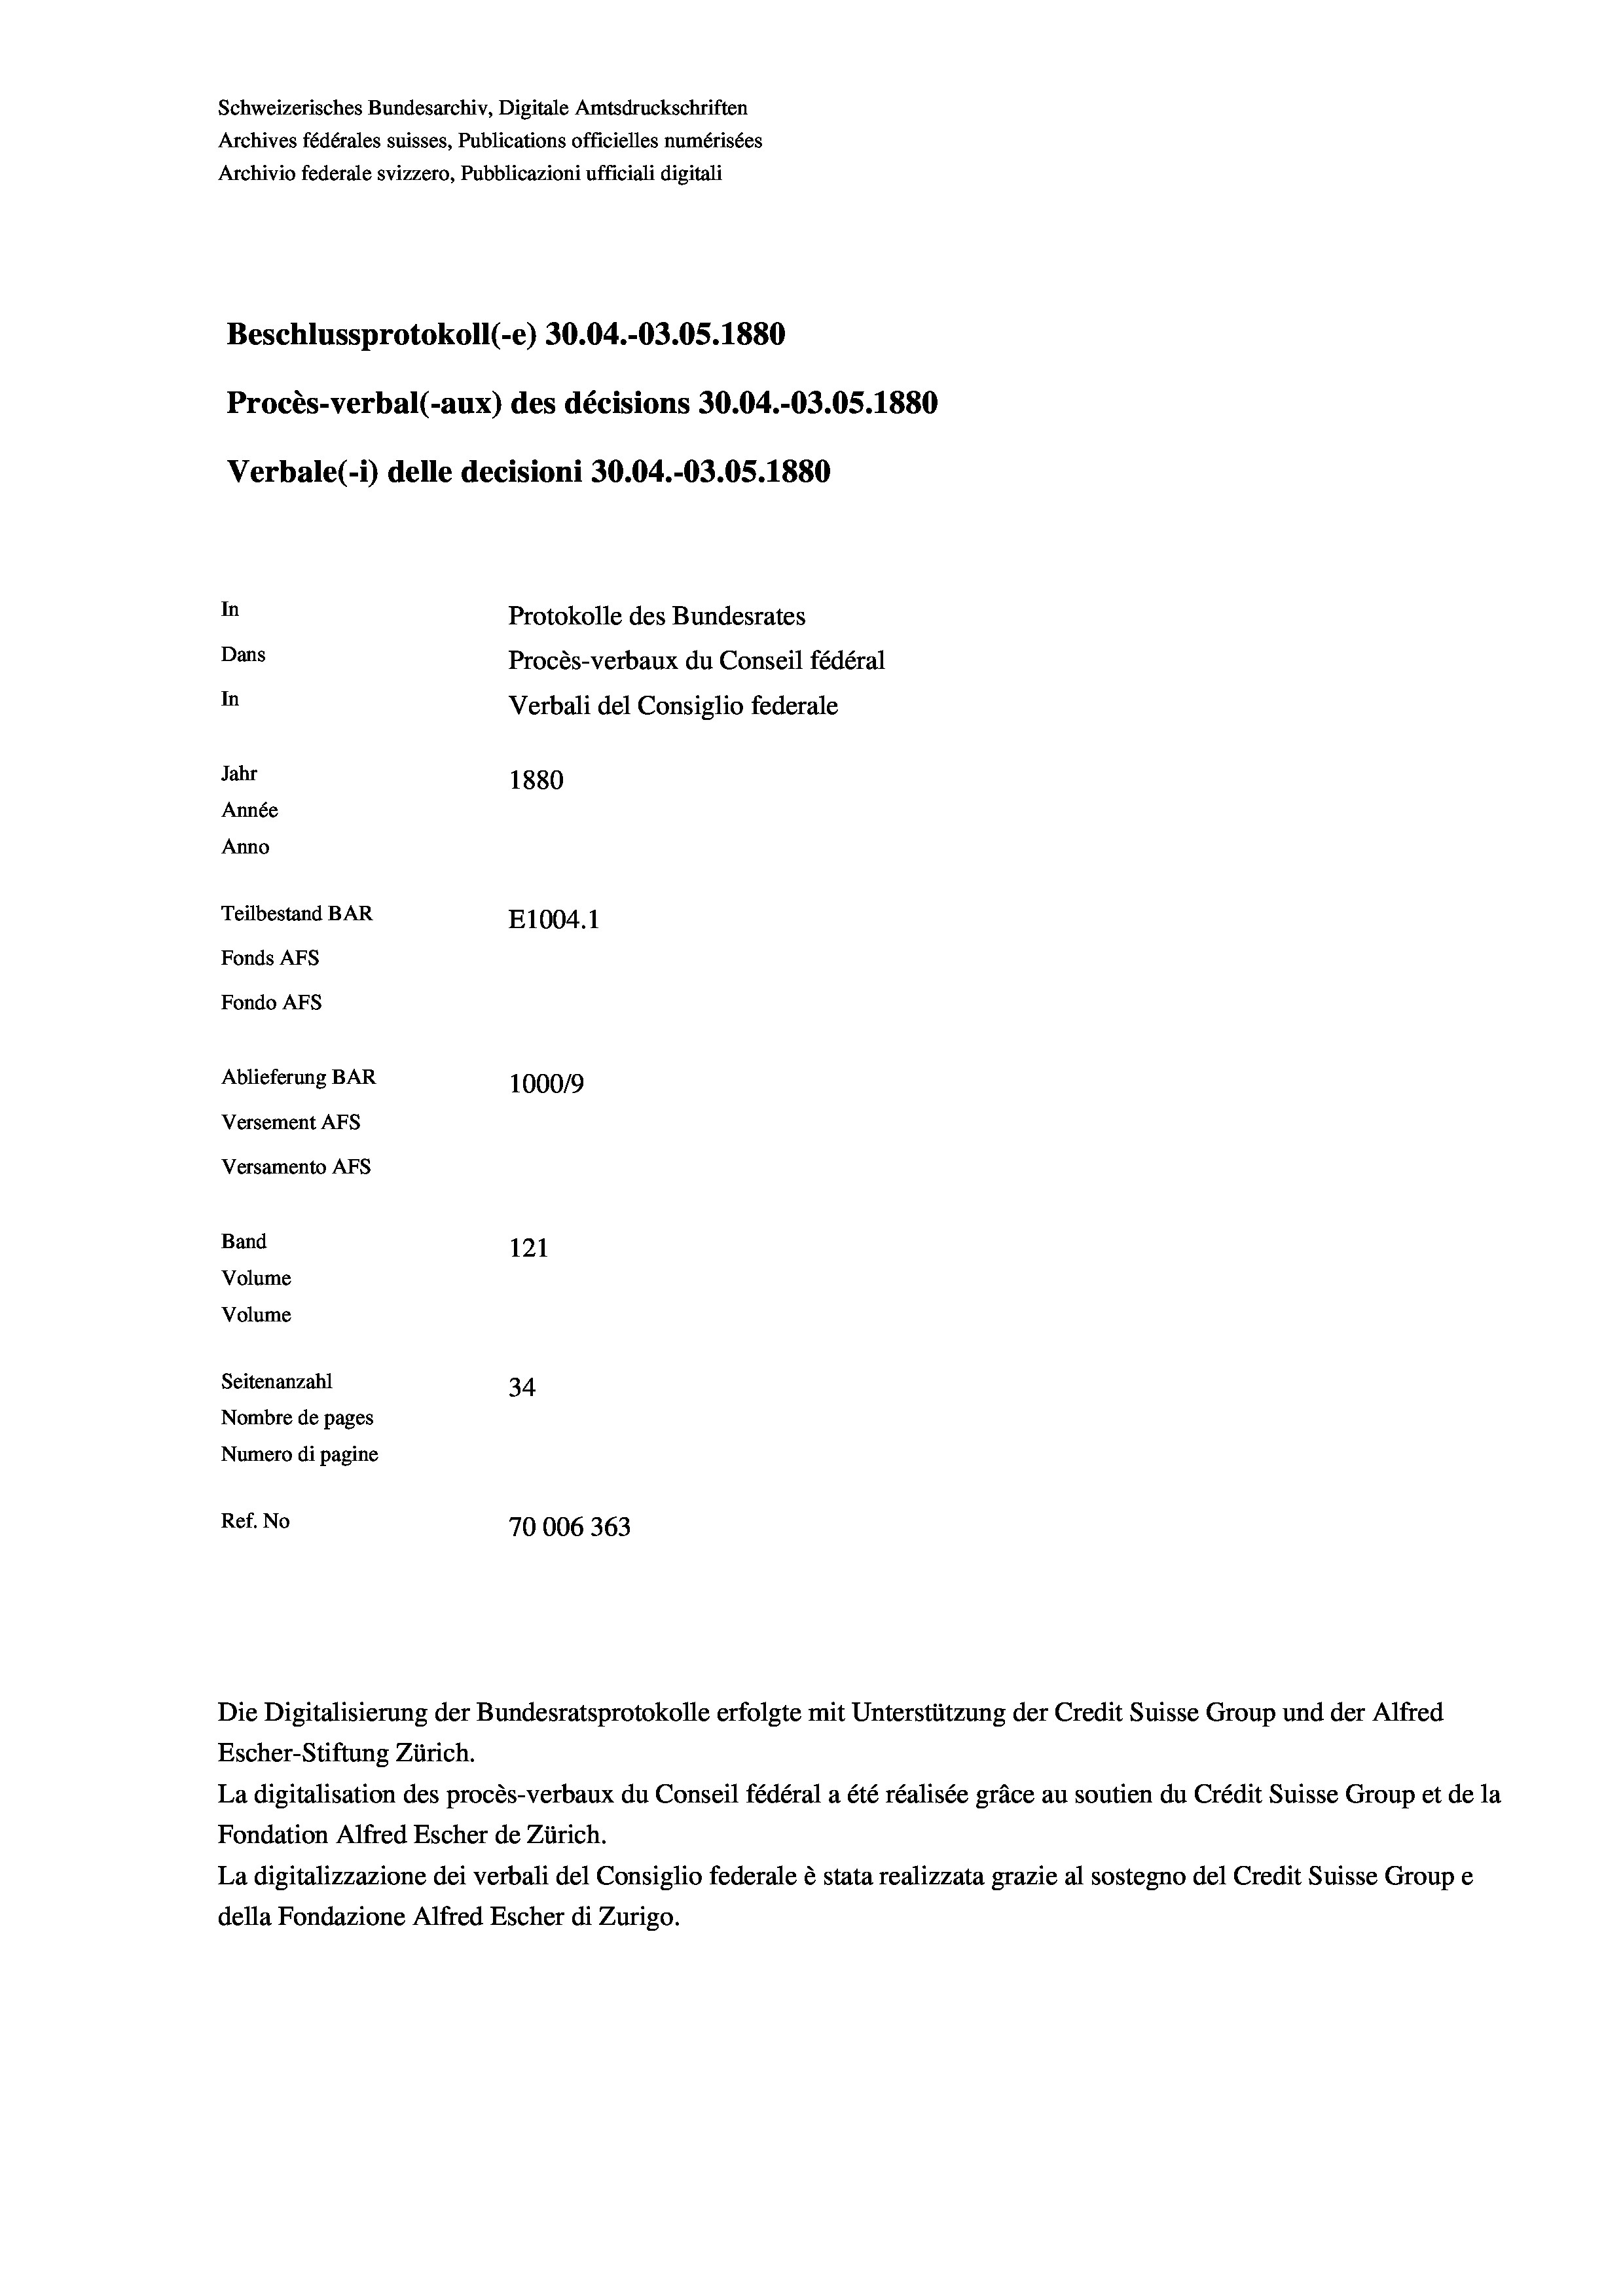
Schweizerisches Bundesarchiv, Digitale Amtsdruckschriften
Archives fédérales suisses, Publications officielles numérisées
Archivio federale svizzero, Pubblicazioni ufficiali digitali
Beschlussprotokoll (-e) 30.04.-O3.05. 1880
Procès-verbal (-aux) des décisions 30.04.-03.05. 1880
Verbale (- 1) delle decisioni 30.04.-03.05. 1880
In
Protokolle des Bundesrates
Dans
Procès-verbaux du Conseil fédéral
In
Verbali del Consiglio federale
Jahr
1880
Année
Anno
Teilbestand BAR
E1004. 1
Fonds AFs
Fondo Afs
Ablieferung BAR
100019
Versement Ans
Versamento Afs
Band
121
Volume
Volume
Seitenanzahl
34
Nombre de pages
Numero di pagine
Ref. No
70006363

Escher-Stiftung Zürich.
La digitalisation des procès-verbaux du Conseil fédéral a été réalisée gräce au soutien du Crédit Suisse Group et de la
Fondation Alfred Escher de Zürich.
La digitalizzazione dei verbali del Consiglio federale è stata realizzata grazie al sostegno del Credit Suisse Groupe
della Fondazione Alfred Escher di Zurigo.

Die Digitalisierung der Bundesratsprotokolle erfolgte mit Unterstützung der Credit Suisse Group und der Alfred